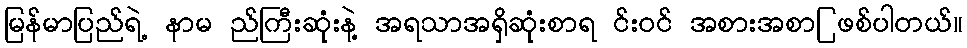
မြန်မာပြည်ရဲ့ နာမ ည်ကြီးဆုံးနဲ့ အရသာအရှိဆုံးစာရ င်းဝင် အစားအစာြ ဖစ်ပါတယ်။